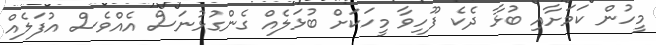
މީހުން ކަމަށާއި ބުުޅާ ދެކެ ފޫހިވާ މީހަކަށް ބުޅަލެއް ގެންގުޅުނަސް އެއްވެސް އުފަލެއް